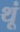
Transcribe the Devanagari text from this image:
थूं